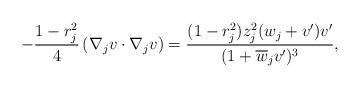
LaTeX: \begin{align*}-\frac{1-r_j^2}{4}\left(\nabla_jv\cdot\nabla_jv\right)=\frac{(1-r_j^2)z_j^2(w_j+v^\prime)v^\prime}{(1+\overline{w}_jv^\prime)^3},\end{align*}